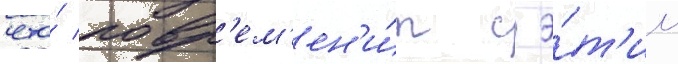
что́ повр'ем'ен'и́т с э́т'им